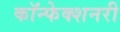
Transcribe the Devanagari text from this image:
कॉन्फेक्शनरी